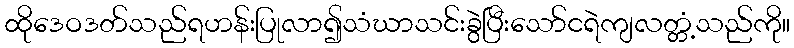
ထိုဒေဝဒတ်သည်ရဟန်းပြုလာ၍သံဃာသင်းခွဲပြီးသော်ငရဲကျလတ္တံ့သည်ကို။